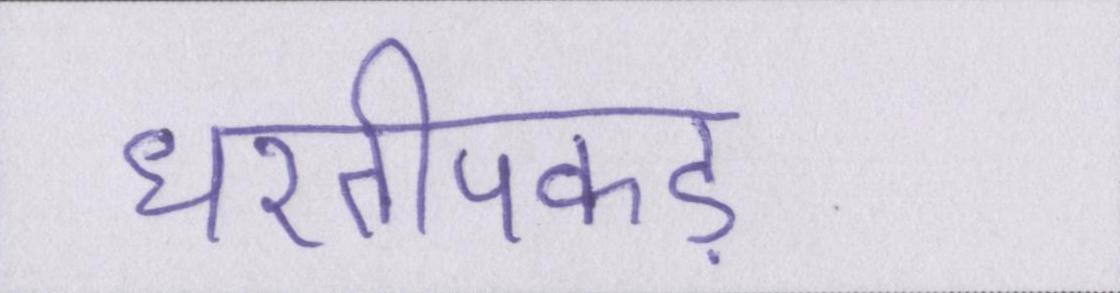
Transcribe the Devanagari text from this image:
धरतीपकड़